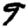
Digit: 9